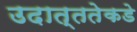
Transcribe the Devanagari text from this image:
उदात्ततेकडे